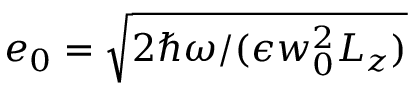
e _ { 0 } = \sqrt { 2 \hbar \omega / ( \epsilon w _ { 0 } ^ { 2 } L _ { z } ) }